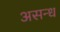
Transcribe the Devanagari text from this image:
असन्ध